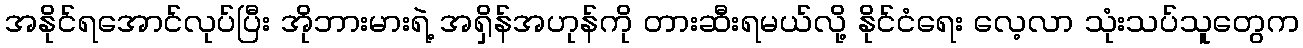
အနိုင်ရအောင်လုပ်ပြီး အိုဘားမားရဲ့ အရှိန်အဟုန်ကို တားဆီးရမယ်လို့ နိုင်ငံရေး လေ့လာ သုံးသပ်သူတွေက